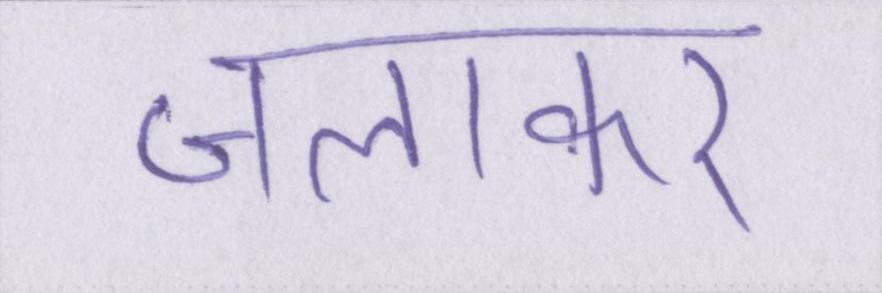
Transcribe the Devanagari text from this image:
जलाकर